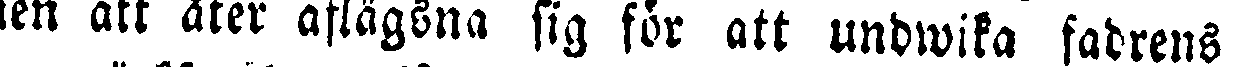
nen att åter aflägsna sig för att undwika fadrens